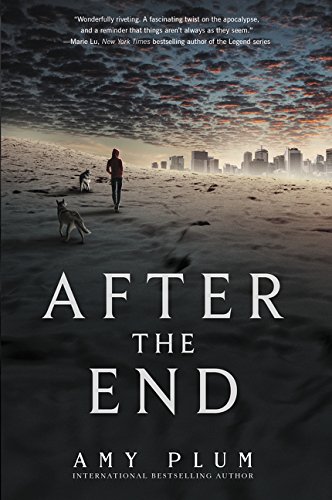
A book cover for After the End; Amy Plum; Teen & Young Adult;